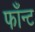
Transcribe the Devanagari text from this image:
फाँन्ट